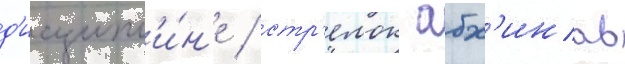
д'исципл'и́н'е / стр'елок абх'инав